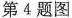
第4题图